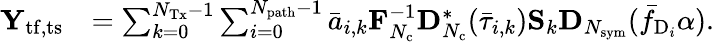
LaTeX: \begin{array}{rl}{\mathbf{Y}_{\mathrm{tf,ts}}}&{=\sum_{k=0}^{N_{\mathrm{Tx}}-1}\sum_{i=0}^{N_{\mathrm{path}}-1}\bar{a}_{i,k}\mathbf{F}_{N_{\mathrm{c}}}^{-1}\mathbf{D}_{N_{\mathrm{c}}}^{*}(\bar{\tau}_{i,k})\mathbf{S}_{k}\mathbf{D}_{N_{\mathrm{sym}}}(\bar{f}_{\mathrm{D}_{i}}\alpha).}\end{array}